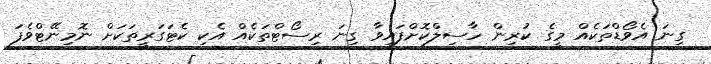
ގިނަ އެވޯޑްތަކެއް މީގެ ކުރިން ހާސިލްކޮށްފައިވާ ގިނަ ރިސޯޓްތަކެއް އެކި ކެޓަގަރީތަކަށް ނޮމިނޭޓްވެފަ